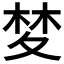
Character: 𭐧